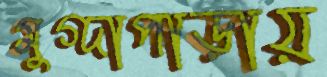
মুগ্দাপাড়ায়